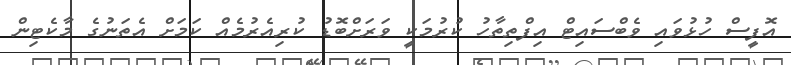
އޮފީސް ހުޅުވައި ވެބްސައިޓް އިފްތިތާހު ކުރުމަކީ ވަރަށްބޮޑު ކުރިއެރުމެއް ކަމަށް އެތަނުގެ މާކެޓިން